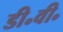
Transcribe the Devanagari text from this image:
डी॰वी॰